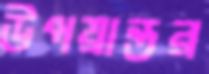
উপয়ান্তর